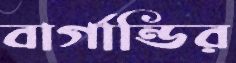
বার্গান্ডির